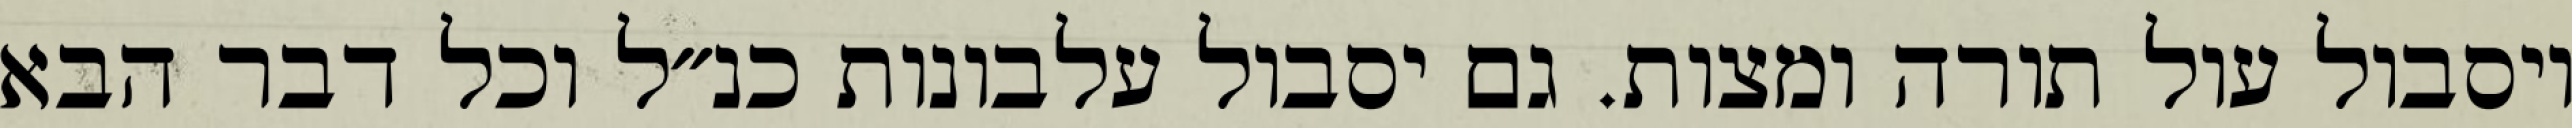
ויסבול עול תורה ומצות. גם יסבול עלבונות כנ״ל וכל דבר הבא